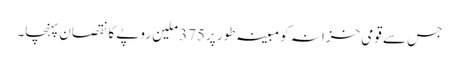
جس سے قومی خزانہ کو مبینہ طور پر375 ملین روپے کا نقصان پہنچا۔